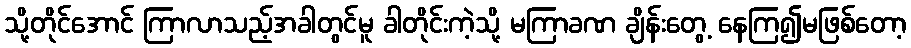
သို့တိုင်အောင် ကြာလာသည့်အခါတွင်မူ ခါတိုင်းကဲ့သို့ မကြာခဏ ချိန်းတွေ့ နေကြ၍မဖြစ်တော့